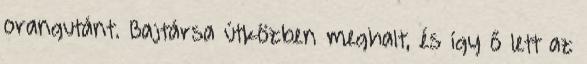
orangutánt. Bajtársa útközben meghalt, és így ő lett az